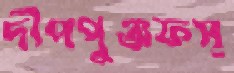
দীপপুঞ্জফস্